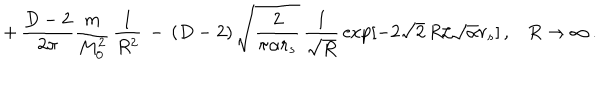
+ \, \frac { D - 2 } { 2 \pi } \frac { m } { M _ { 0 } ^ { 2 } } \, \frac { 1 } { R ^ { 2 } } \, - \, ( D - 2 ) \, \sqrt { \frac { 2 } { \pi \alpha r _ { s } } } \, \frac { 1 } { \sqrt { R } } \, \exp [ - 2 \sqrt { 2 } \, R / \sqrt { \alpha } r _ { s } ] \, { , } \quad R \to \infty \, { . }